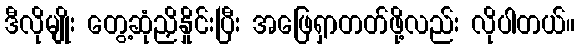
ဒီလိုမျိုး တွေ့ဆုံညှိနှိုင်းပြီး အဖြေရှာတတ်ဖို့လည်း လိုပါတယ်။